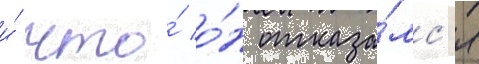
и́ что́ о́н отказа́лс'я